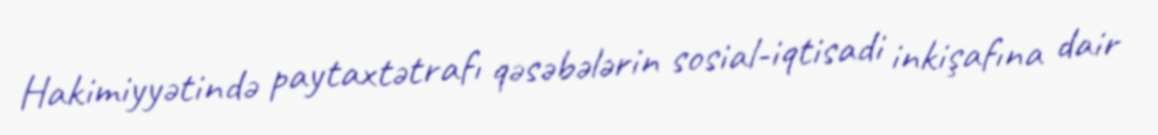
Hakimiyyətində paytaxtətrafı qəsəbələrin sosial-iqtisadi inkişafına dair